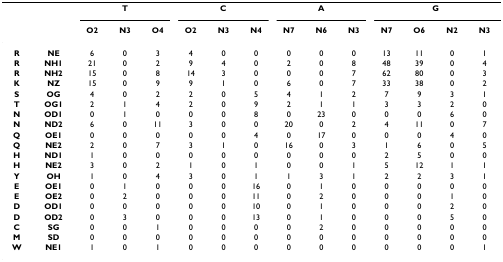
<table><thead><tr><td></td><td></td><td colspan="3"><b>T</b></td><td colspan="3"><b>C</b></td><td colspan="3"><b>A</b></td><td colspan="4"><b>G</b></td></tr><tr><td></td><td></td><td><b>O2</b></td><td><b>N3</b></td><td><b>O4</b></td><td><b>O2</b></td><td><b>N3</b></td><td><b>N4</b></td><td><b>N7</b></td><td><b>N6</b></td><td><b>N3</b></td><td><b>N7</b></td><td><b>O6</b></td><td><b>N2</b></td><td><b>N3</b></td></tr></thead><tbody><tr><td><b>R</b></td><td><b>NE</b></td><td>6</td><td>0</td><td>3</td><td>4</td><td>0</td><td>0</td><td>0</td><td>0</td><td>0</td><td>13</td><td>11</td><td>0</td><td>1</td></tr><tr><td><b>R</b></td><td><b>NH1</b></td><td>21</td><td>0</td><td>2</td><td>9</td><td>4</td><td>0</td><td>2</td><td>0</td><td>8</td><td>48</td><td>39</td><td>0</td><td>4</td></tr><tr><td><b>R</b></td><td><b>NH2</b></td><td>15</td><td>0</td><td>8</td><td>14</td><td>3</td><td>0</td><td>0</td><td>0</td><td>7</td><td>62</td><td>80</td><td>0</td><td>3</td></tr><tr><td><b>K</b></td><td><b>NZ</b></td><td>15</td><td>0</td><td>9</td><td>9</td><td>1</td><td>0</td><td>6</td><td>0</td><td>7</td><td>33</td><td>38</td><td>0</td><td>2</td></tr><tr><td><b>S</b></td><td><b>OG</b></td><td>4</td><td>0</td><td>2</td><td>2</td><td>0</td><td>5</td><td>4</td><td>1</td><td>2</td><td>7</td><td>9</td><td>3</td><td>1</td></tr><tr><td><b>T</b></td><td><b>OG1</b></td><td>2</td><td>1</td><td>4</td><td>2</td><td>0</td><td>9</td><td>2</td><td>1</td><td>1</td><td>3</td><td>3</td><td>2</td><td>0</td></tr><tr><td><b>N</b></td><td><b>OD1</b></td><td>0</td><td>1</td><td>0</td><td>0</td><td>0</td><td>8</td><td>0</td><td>23</td><td>0</td><td>0</td><td>0</td><td>6</td><td>0</td></tr><tr><td><b>N</b></td><td><b>ND2</b></td><td>6</td><td>0</td><td>11</td><td>3</td><td>0</td><td>0</td><td>20</td><td>0</td><td>2</td><td>4</td><td>11</td><td>0</td><td>7</td></tr><tr><td><b>Q</b></td><td><b>OE1</b></td><td>0</td><td>0</td><td>0</td><td>0</td><td>0</td><td>4</td><td>0</td><td>17</td><td>0</td><td>0</td><td>0</td><td>4</td><td>0</td></tr><tr><td><b>Q</b></td><td><b>NE2</b></td><td>2</td><td>0</td><td>7</td><td>3</td><td>1</td><td>0</td><td>16</td><td>0</td><td>3</td><td>1</td><td>6</td><td>0</td><td>5</td></tr><tr><td><b>H</b></td><td><b>ND1</b></td><td>1</td><td>0</td><td>0</td><td>0</td><td>0</td><td>0</td><td>0</td><td>0</td><td>0</td><td>2</td><td>5</td><td>0</td><td>0</td></tr><tr><td><b>H</b></td><td><b>NE2</b></td><td>3</td><td>0</td><td>2</td><td>1</td><td>0</td><td>1</td><td>0</td><td>0</td><td>1</td><td>5</td><td>12</td><td>1</td><td>1</td></tr><tr><td><b>Y</b></td><td><b>OH</b></td><td>1</td><td>0</td><td>4</td><td>3</td><td>0</td><td>1</td><td>1</td><td>3</td><td>1</td><td>2</td><td>2</td><td>3</td><td>1</td></tr><tr><td><b>E</b></td><td><b>OE1</b></td><td>0</td><td>1</td><td>0</td><td>0</td><td>0</td><td>16</td><td>0</td><td>1</td><td>0</td><td>0</td><td>0</td><td>0</td><td>0</td></tr><tr><td><b>E</b></td><td><b>OE2</b></td><td>0</td><td>2</td><td>0</td><td>0</td><td>0</td><td>11</td><td>0</td><td>2</td><td>0</td><td>0</td><td>0</td><td>1</td><td>0</td></tr><tr><td><b>D</b></td><td><b>OD1</b></td><td>0</td><td>0</td><td>0</td><td>0</td><td>0</td><td>10</td><td>0</td><td>1</td><td>0</td><td>0</td><td>0</td><td>2</td><td>0</td></tr><tr><td><b>D</b></td><td><b>OD2</b></td><td>0</td><td>3</td><td>0</td><td>0</td><td>0</td><td>13</td><td>0</td><td>1</td><td>0</td><td>0</td><td>0</td><td>5</td><td>0</td></tr><tr><td><b>C</b></td><td><b>SG</b></td><td>0</td><td>0</td><td>1</td><td>0</td><td>0</td><td>0</td><td>0</td><td>2</td><td>0</td><td>0</td><td>0</td><td>0</td><td>0</td></tr><tr><td><b>M</b></td><td><b>SD</b></td><td>0</td><td>0</td><td>0</td><td>0</td><td>0</td><td>0</td><td>0</td><td>0</td><td>0</td><td>0</td><td>0</td><td>0</td><td>0</td></tr><tr><td><b>W</b></td><td><b>NE1</b></td><td>1</td><td>0</td><td>1</td><td>0</td><td>0</td><td>0</td><td>0</td><td>0</td><td>0</td><td>0</td><td>0</td><td>0</td><td>1</td></tr></tbody></table>